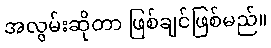
အလွမ်းဆိုတာ ဖြစ်ချင်ဖြစ်မည်။